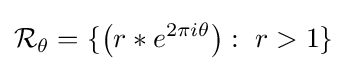
{\mathcal {R}}_{\theta }=\{\left(r*e^{2\pi i\theta }\right):\ r>1\}